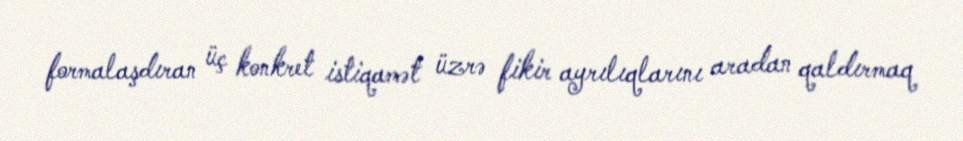
formalaşdıran üç konkret istiqamət üzrə fikir ayrılıqlarını aradan qaldırmaq